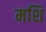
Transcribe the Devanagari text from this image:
मशि